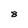
Character: 8